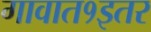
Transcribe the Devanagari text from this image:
गावात१इतर